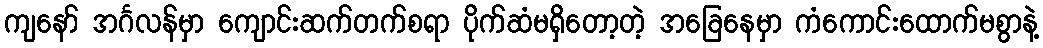
ကျနော် အင်္ဂလန်မှာ ကျောင်းဆက်တက်စရာ ပိုက်ဆံမရှိတော့တဲ့ အခြေနေမှာ ကံကောင်းထောက်မစွာနဲ့